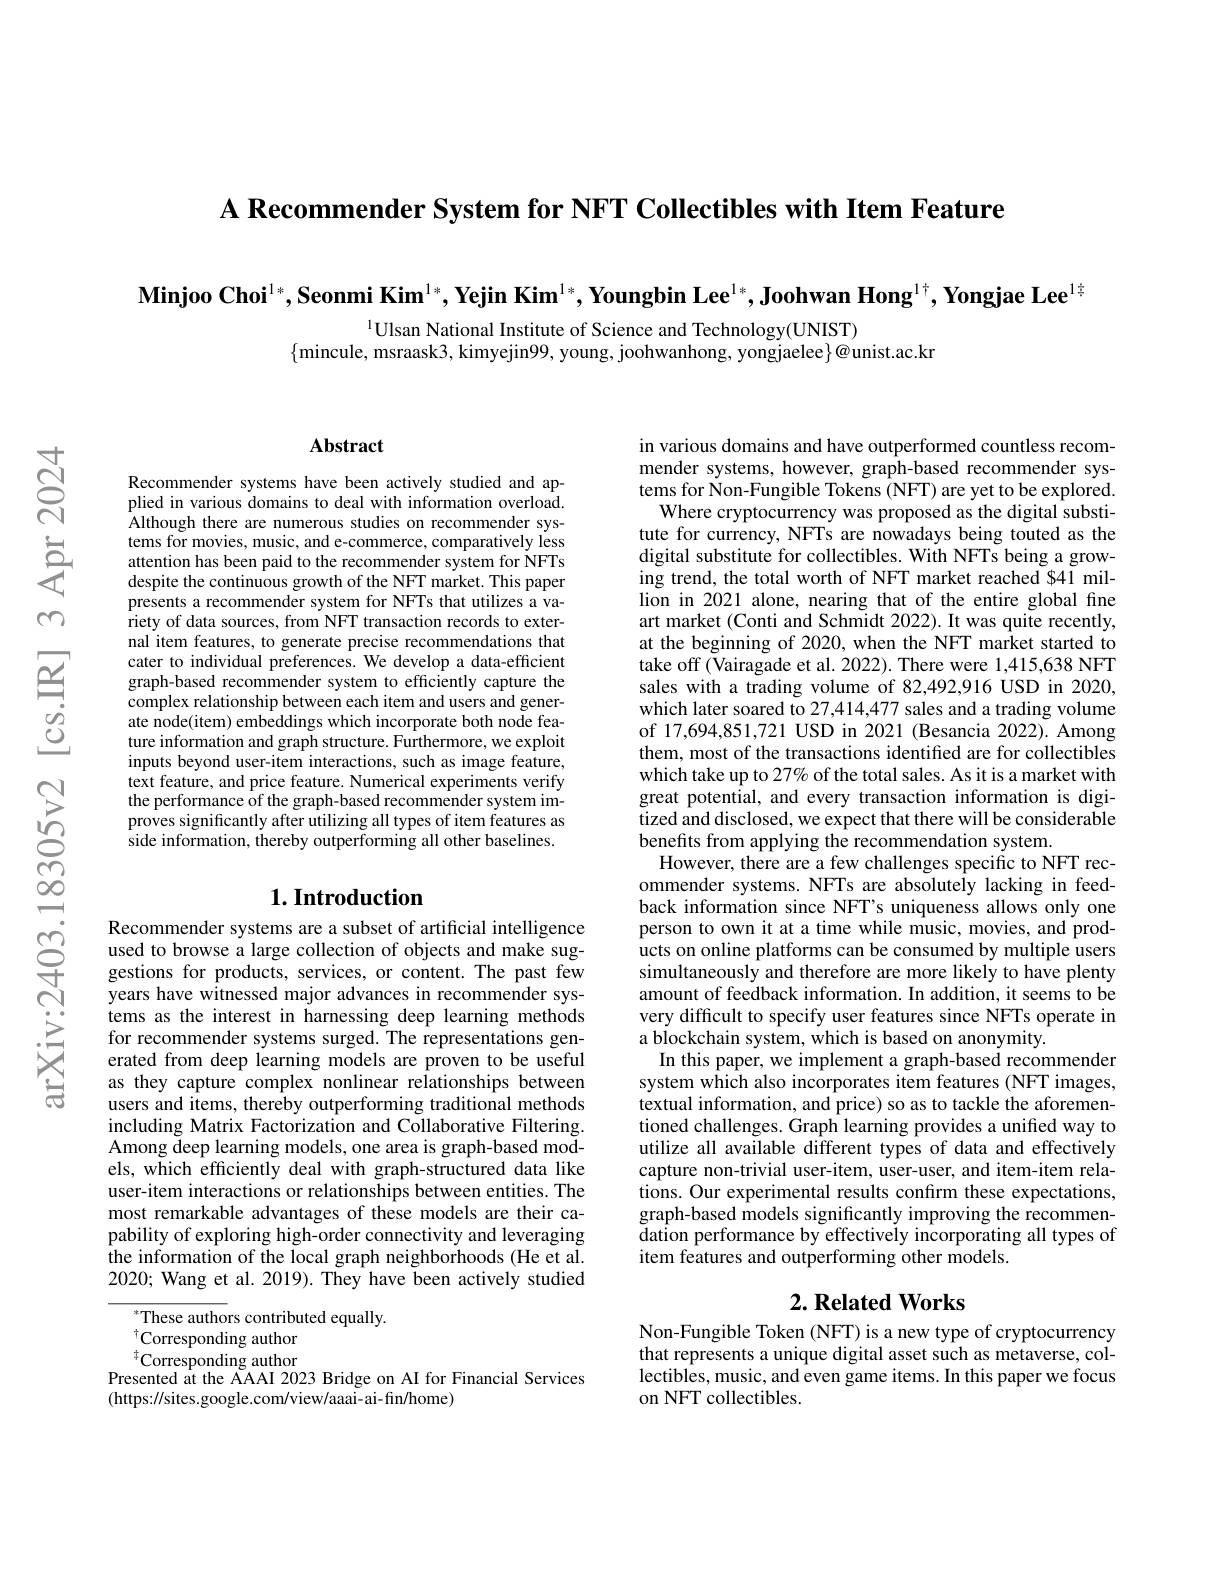
A Recommender System for NFT Collectibles with Item Feature

$\textbf{Minjoo Choi}^{1*},\textbf{Seonmi Kim}^{1*},\textbf{Yejin Kim}^{1*},\textbf{Youngbin Lee}^{1*},\textbf{Joohwan Hong}^{1+},\textbf{Yongjae Lee}^{1\pm}$

$^{1}$Ulsan National Institute of Science and Technology(UNIST)
$\{$mincule, msraask3, kimyejin99, young, joohwanhong, yongjaelee$\}@$unist.ac.kr

## Abstract

Recommender systems have been actively studied and applied in various domains to deal with information overload. Although there are numerous studies on recommender systems for movies, music, and e-commerce, comparatively less attention has been paid to the recommender system for NFTs despite the continuous growth of the NFT market. This paper presents a recommender system for NFTs that utilizes a variety of data sources, from NFT transaction records to external item features, to generate precise recommendations that cater to individual preferences. We develop a data-efficient graph-based recommender system to efficiently capture the complex relationship between each item and users and generate node(item) embeddings which incorporate both node feature information and graph structure. Furthermore, we exploit inputs beyond user-item interactions, such as image feature, text feature, and price feature. Numerical experiments verify the performance of the graph-based recommender system improves significantly after utilizing all types of item features as side information, thereby outperforming all other baselines.

## $1. \textbf{Introduction}$

Recommender systems are a subset of artificial intelligence
$\begin{array}{lll}&\text{Recommender systems are a subset of artincial nteligence}\\\textcircled{2}&&\text{used to browse a large collection of objects and make sug-}\\\updownarrow&&\text{gestions for products, services, or content. The past few}\end{array}$
years have witnessed major advances in recommender systems as the interest in harnessing deep learning methods for recommender systems surged. The representations generated from deep learning models are proven to be useful as they capture complex nonlinear relationships between users and items, thereby outperforming traditional methods including Matrix Factorization and Collaborative Filtering. Among deep learning models, one area is graph-based mo{d}- els, which efficiently deal with graph-structured data like user-item interactions or relationships between entities. The most remarkable advantages of these models are their capability of exploring high-order connectivity and leveraging the information of the local graph neighborhoods (He et al. 2020; Wang et al. 2019). They have been actively studied

These authors contributed equally.
$^{\dagger}$Corresponding author ${}^{\dagger}$Corresponding author
Presented at the AAAI 2023 Bridge on AI for Financial Services
(https://sites.google.com/view/aaai-ai-fin/home)

in various domains and have outperformed countless recommender systems, however, graph-based recommender systems for Non-Fungible Tokens (NFT) are yet to be explored. Where cryptocurrency was proposed as the digital substitute for currency, NFTs are nowadays being touted as the digital substitute for collectibles. With NFTs being a growing trend, the total worth of NFT market reached $41 million in 2021 alone, nearing that of the entire global fine art market (Conti and Schmidt 2022). It was quite recently, at the beginning of 2020, when the NFT market started to take off (Vairagade et al. 2022). There were 1,415,638 NFT sales with a trading volume of 82,492,916 USD in 2020, which later soared to 27,414,477 sales and a trading volume of 17,694,851,721 USD in 2021 (Besancia 2022). Among them, most of the transactions identified are for collectibles which take up to 27% of the total sales. As it is a market with great potential, and every transaction information is digitized and disclosed, we expect that there will be considerable benefits from applying the recommendation system.
However, there are a few challenges specific to NFT recommender systems. NFTs are absolutely lacking in feedback information since NFT's uniqueness allows only one person to own it at a time while music, movies, and products on online platforms can be consumed by multiple users simultaneously and therefore are more likely to have plenty amount of feedback information. In addition, it seems to be very difficult to specify user features since NFTs operate in a blockchain system, which is based on anonymity.
In this paper, we implement a graph-based recommender system which also incorporates item features (NFT images, textual information, and price) so as to tackle the aforementioned challenges. Graph learning provides a unified way to utilize all available different types of data and effectively capture non-trivial user-item, user-user, and item-item rela- $\hat{\text{tions. Our experimental results confirm these expectations,}}$ graph-based models significantly improving the recommendation performance by effectively incorporating all types of item features and outperforming other models.

# $2. \textbf{Related Works}$

Non-Fungible Token (NFT) is a new type of cryptocurrency that represents a unique digital asset such as metaverse, collectibles, music, and even game items. In this paper we focus on NFT collectibles.